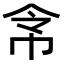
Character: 𢂂